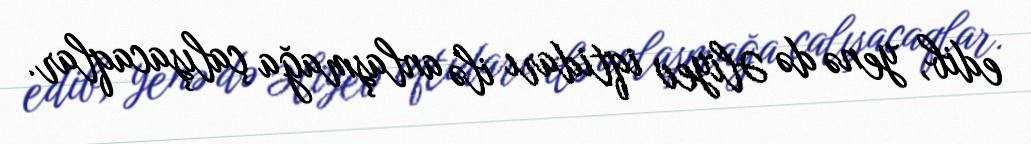
edib, yenə də Əliyev iqtidarı ilə anlaşmağa çalışacaqlar.